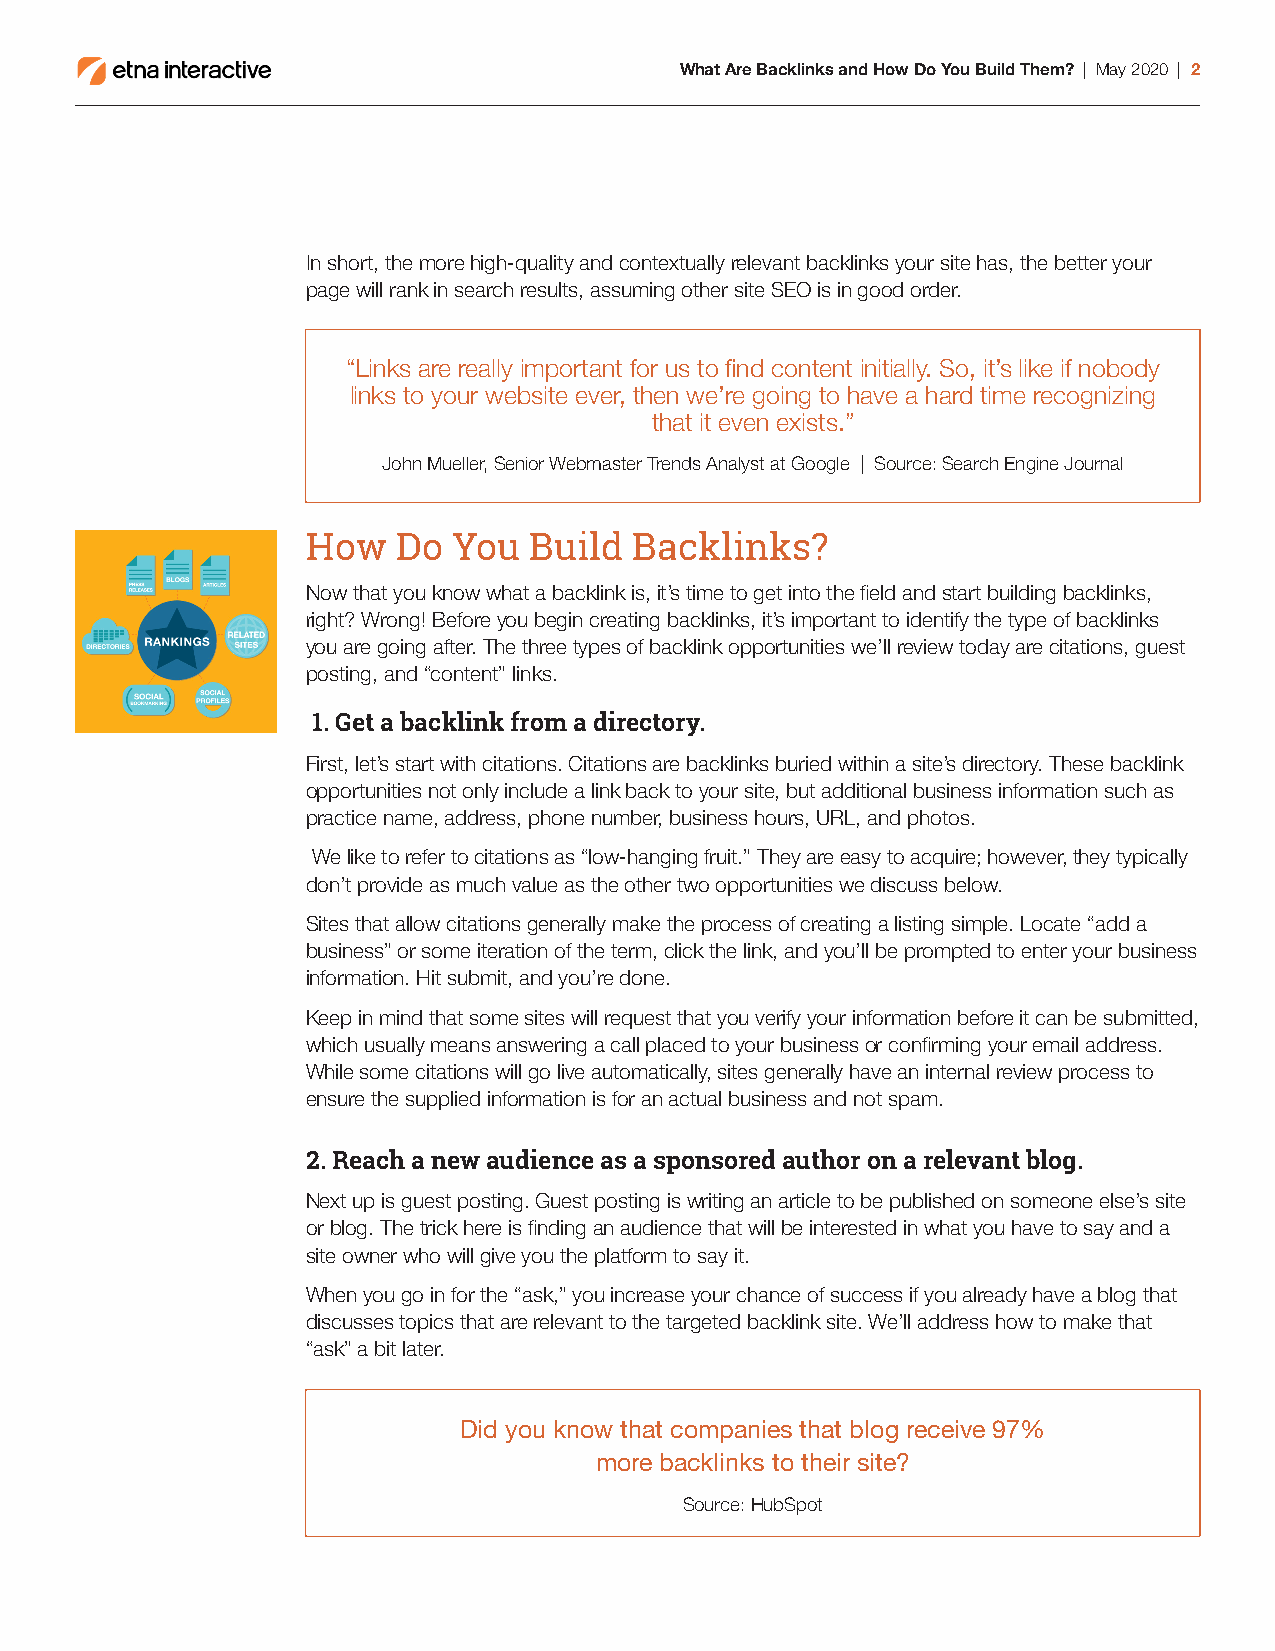
What Are Backlinks and How Do You Build Them? | May 2020 | 2
 In short, the more high-quality and contextually relevant backlinks your site has, the better your
 page will rank in search results, assuming other site SEO is in good order.
 “Links are really important for us to find content initially. So, it’s like if nobody
 links to your website ever, then we’re going to have a hard time recognizing
 that it even exists.”
 John Mueller, Senior Webmaster Trends Analyst at Google | Source: Search Engine Journal
 How   Do  You  Build  Backlinks?
 Now that you know what a backlink is, it’s time to get into the field and start building backlinks,
 right? Wrong! Before you begin creating backlinks, it’s important to identify the type of backlinks
 you are going after. The three types of backlink opportunities we’ll review today are citations, guest
 posting, and “content” links.
 1. Get a backlink from a directory.
 First, let’s start with citations. Citations are backlinks buried within a site’s directory. These backlink
 opportunities not only include a link back to your site, but additional business information such as
 practice name, address, phone number, business hours, URL, and photos.
 We like to refer to citations as “low-hanging fruit.” They are easy to acquire; however, they typically
 don’t provide as much value as the other two opportunities we discuss below.
 Sites that allow citations generally make the process of creating a listing simple. Locate “add a
 business” or some iteration of the term, click the link, and you’ll be prompted to enter your business
 information. Hit submit, and you’re done.
 Keep in mind that some sites will request that you verify your information before it can be submitted,
 which usually means answering a call placed to your business or confirming your email address.
 While some citations will go live automatically, sites generally have an internal review process to
 ensure the supplied information is for an actual business and not spam.
 2. Reach a new audience as a sponsored author on a relevant blog.
 Next up is guest posting. Guest posting is writing an article to be published on someone else’s site
 or blog. The trick here is finding an audience that will be interested in what you have to say and a
 site owner who will give you the platform to say it.
 When you go in for the “ask,” you increase your chance of success if you already have a blog that
 discusses topics that are relevant to the targeted backlink site. We’ll address how to make that
 “ask” a bit later.
 Did you know that companies that blog receive 97%
 more backlinks to their site?
 Source: HubSpot